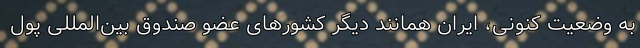
به وضعیت کنونی، ایران همانند دیگر کشورهای عضو صندوق بین‌المللی پول